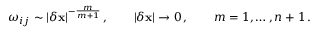
\omega _ { i j } \sim | \delta { \mathbf { x } } | ^ { - \frac { m } { m + 1 } } \, , \qquad | \delta { \mathbf { x } } | \to 0 \, , \qquad m = 1 , \dots , n + 1 \, .